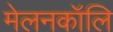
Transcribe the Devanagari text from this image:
मेलनकॉलि